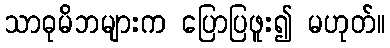
သာဓုမိဘများက ပြောပြဖူး၍ မဟုတ်။